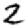
Digit: 2